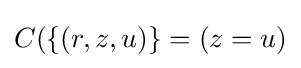
C(\{(r,z,u)\}=(z=u)